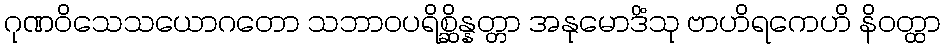
ဂုဏဝိသေသယောဂတော သဘာဝပရိစ္ဆိန္နတ္တာ အနုမောဒိံသု ဗာဟိရကေဟိ နိဝတ္ထာ